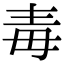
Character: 毒